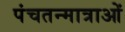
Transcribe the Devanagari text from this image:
पंचतन्मात्राओं